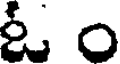
ఓ ం